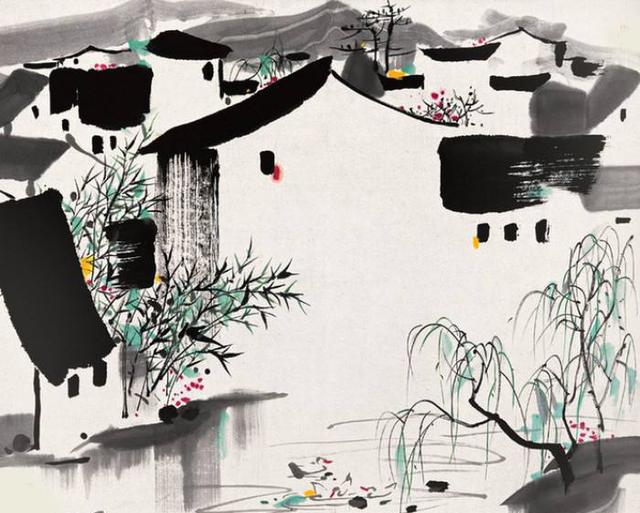
近乡情更怯，不敢问来人。